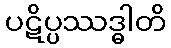
ပဋိပ္ပဿဒ္ဓါတိ